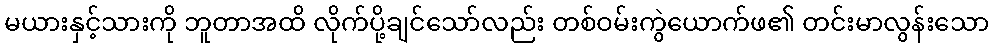
မယားနှင့်သားကို ဘူတာအထိ လိုက်ပို့ချင်သော်လည်း တစ်ဝမ်းကွဲယောက်ဖ၏ တင်းမာလွန်းသော